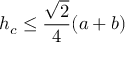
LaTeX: h _ { c } \leq { \frac { \sqrt { 2 } } { 4 } } ( a + b )